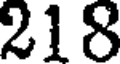
218